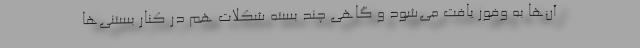
آن‌ها به وفور یافت می‌شود و گاهی چند بسته شکلات هم در کنار بستنی‌ها